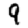
Digit: 9